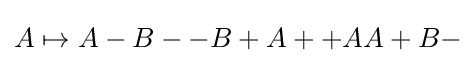
A\mapsto A-B--B+A++AA+B-